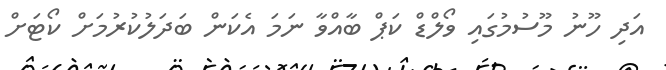
އަދި ހޫނު މޫސުމުގައި ވޯލްޑް ކަޕް ބާއްވާ ނަމަ އެކަން ބަދަލުކުރުމަށް ކޯޓަށް